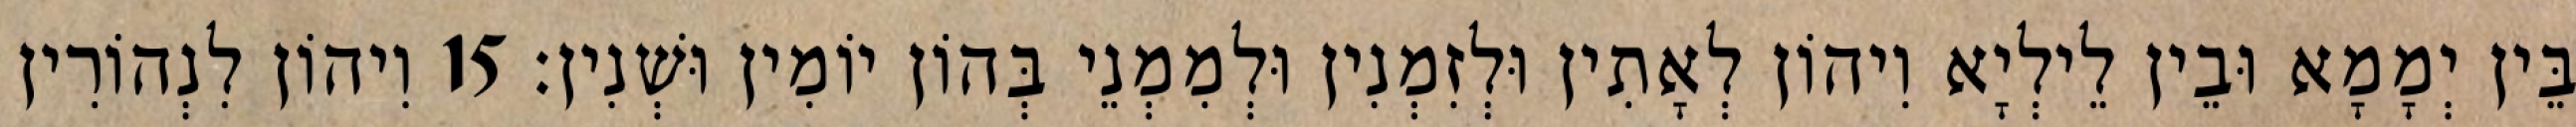
בֵּין יְמָמָא וּבֵין לֵילְיָא וִיהוֹן לְאָתִין וּלְזִמְנִין וּלְמִמְנֵי בְּהוֹן יוֹמִין וּשְׁנִין׃ 15 וִיהוֹן לִנְהוֹרִין